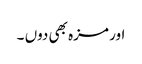
اور مزہ بھی دوں ۔